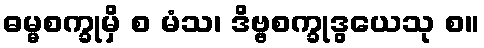
ဓမ္မစက္ခုမှိ စ မံသ၊ ဒိဗ္ဗစက္ခုဒွယေသု စ။